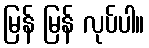
မြန် မြန် လုပ်ပါ။